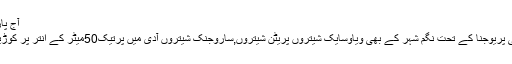
آج پارت ایجنڈے
سمارٹ سٹی پریوجنا کے تحت نگم شہر کے بھی ویاوسایک شیتروں پریٹن شیتروں,ساروجنک شیتروں آدی میں پرتیک50میٹر کے انتر پر کوڑیدان لگاییگا۔